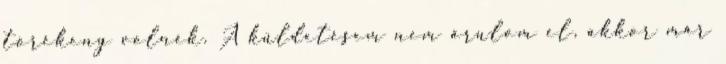
törékeny volnék. A küldetésem nem árulom el, akkor már